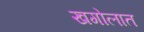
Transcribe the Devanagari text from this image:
खगोलात